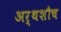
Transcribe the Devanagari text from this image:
अर्थशौच